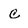
Character: c